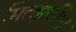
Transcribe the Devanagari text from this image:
मित्झ्रायिम